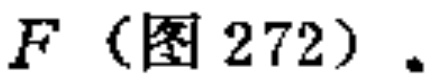
$F$（图 272）.